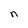
Character: n